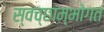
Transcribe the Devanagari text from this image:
स्वच्छाम्भोगतं